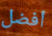
أفضل